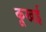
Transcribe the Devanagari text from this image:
कूखई